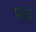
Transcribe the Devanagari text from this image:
फ़ाद्र